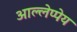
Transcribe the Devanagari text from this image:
आल्लेप्पेय